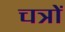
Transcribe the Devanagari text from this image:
चत्रों